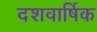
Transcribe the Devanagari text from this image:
दशवार्षिक